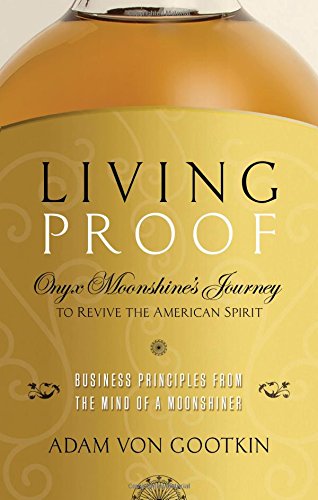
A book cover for Living Proof: Onyx Moonshine's Journey to Revive the American Spirit; Adam von Gootkin; Cookbooks, Food & Wine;